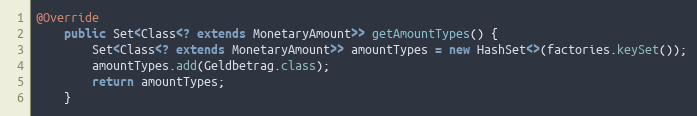
Language: Java
@Override
    public Set<Class<? extends MonetaryAmount>> getAmountTypes() {
        Set<Class<? extends MonetaryAmount>> amountTypes = new HashSet<>(factories.keySet());
        amountTypes.add(Geldbetrag.class);
        return amountTypes;
    }